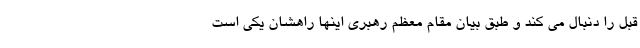
قبل را دنبال می کند و طبق بیان مقام معظم رهبری اینها راهشان یکی است